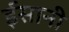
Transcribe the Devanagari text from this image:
ईंसानी